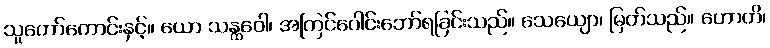
သူတော်ကောင်းနှင့်။ ယော သန္ထဝေါ၊ အကြင်ပေါင်းဘော်ရခြင်းသည်။ သေယျော၊ မြတ်သည်။ ဟောတိ၊